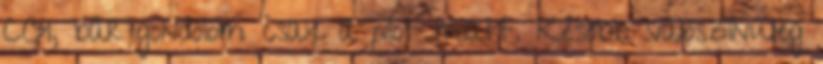
CGI, bár gondolom csak a pilot miatt. Később valószínűleg